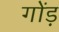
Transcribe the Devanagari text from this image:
गोंड़